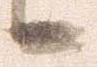
候